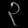
Digit: ၃